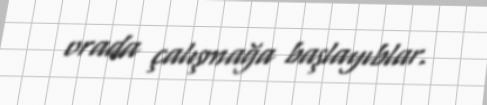
orada çalışmağa başlayıblar.